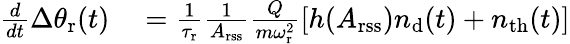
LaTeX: \begin{array}{rl}{\frac{d}{dt}\Delta\theta_{\mathrm{r}}(t)}&{{}=\frac{1}{\tau_{\mathrm{r}}}\frac{1}{A_{\mathrm{rss}}}\frac{Q}{m\omega_{\mathrm{r}}^{2}}[h(A_{\mathrm{rss}})n_{\mathrm{d}}(t)+n_{\mathrm{th}}(t)]}\end{array}